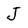
Character: J